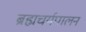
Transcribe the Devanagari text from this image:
ब्रह्मचर्यपालन